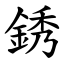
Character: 銹